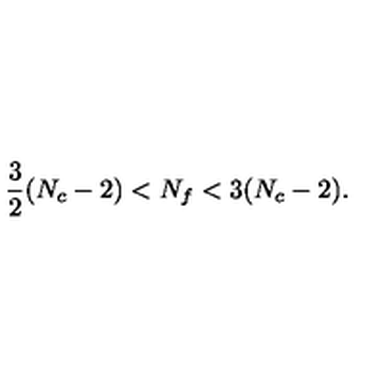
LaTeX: \frac { 3 } { 2 } ( N _ { c } - 2 ) < N _ { f } < 3 ( N _ { c } - 2 ) .